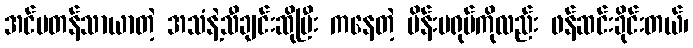
အင်မတန်သာယာတဲ့ အသံနဲ့သီချင်းဆိုပြီး ကနေတဲ့ မိန်းမရုပ်ကိုလည်း ဖန်ဆင်းခိုင်းတယ်၊